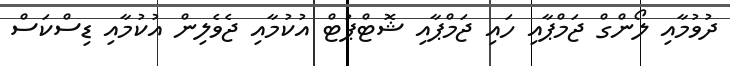
ދުވުމާއި ލޯންގް ޖަމްޕާއި ހައި ޖަމްޕާއި ޝޮޓްޕުޓް އުކުމާއި ޖެވެލިން އުކުމާއި ޑިސްކަސް